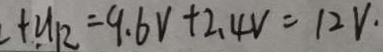
+ U _ { 1 2 } = 9 . 6 V + 2 . 4 V = 1 2 V \cdot